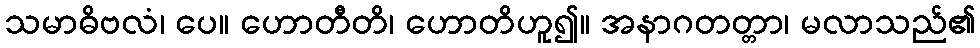
သမာဓိဗလံ၊ ပေ။ ဟောတီတိ၊ ဟောတိဟူ၍။ အနာဂတတ္တာ၊ မလာသည်၏